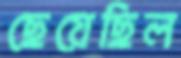
ছেয়েছিল